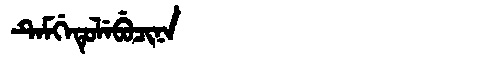
Manchu: ᡨᡝᠮᡤᡝᡨᡠᠯᡝᠪᡠᠴᡳᠨᠠ
Romanization: TEMGETULEBUCINA